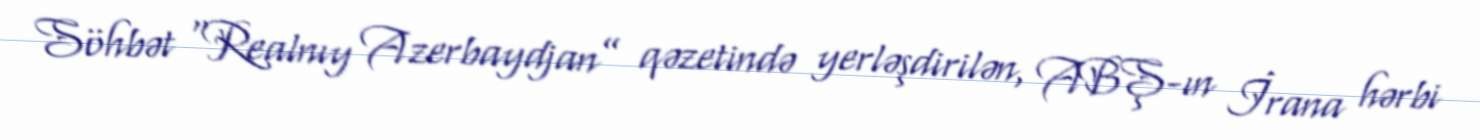
Söhbət “Realnıy Azerbaydjan” qəzetində yerləşdirilən, ABŞ-ın İrana hərbi